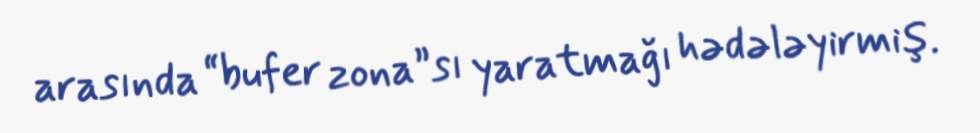
arasında “bufer zona”sı yaratmağı hədələyirmiş.